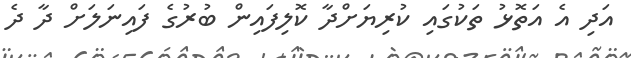
އަދި އެ އަތޮޅު ތަކުގައި ކުރިޔަށްދާ ކޮލިފައިން ބުރުގެ ފައިނަލަށް ދާ ދެ